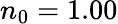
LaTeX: n_{0}=1.00